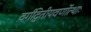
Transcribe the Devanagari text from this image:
वर्गद्वितीयवर्णोत्थाः